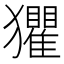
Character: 𤣓